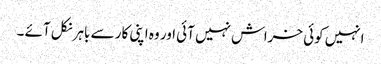
انہیں کوئی خراش نہیں آئی اور وہ اپنی کار سے باہر نکل آئے ۔